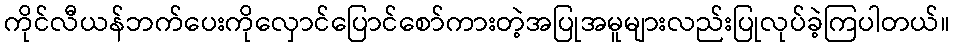
ကိုင်လီယန်ဘက်ပေးကိုလှောင်ပြောင်စော်ကားတဲ့အပြုအမူများလည်းပြုလုပ်ခဲ့ကြပါတယ်။